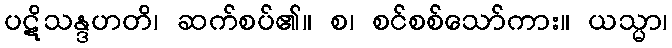
ပဋိသန္ဒဟတိ၊ ဆက်စပ်၏။ စ၊ စင်စစ်သော်ကား။ ယသ္မာ၊